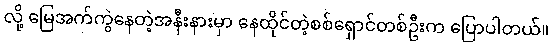
လို့ မြေအက်ကွဲနေတဲ့အနီးနားမှာ နေထိုင်တဲ့စစ်ရှောင်တစ်ဦးက ပြောပါတယ်။